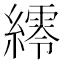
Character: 䌢